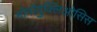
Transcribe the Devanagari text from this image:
मोनोंयुक्लिओसिस